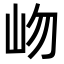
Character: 岉